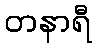
တနာရီ